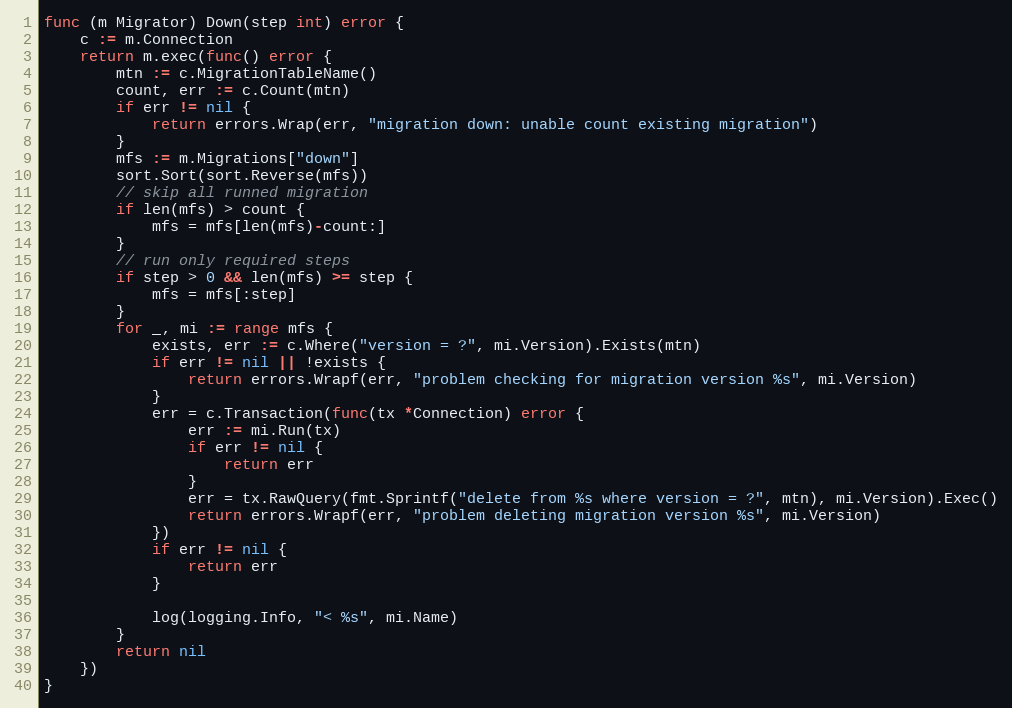
Language: Go
func (m Migrator) Down(step int) error {
	c := m.Connection
	return m.exec(func() error {
		mtn := c.MigrationTableName()
		count, err := c.Count(mtn)
		if err != nil {
			return errors.Wrap(err, "migration down: unable count existing migration")
		}
		mfs := m.Migrations["down"]
		sort.Sort(sort.Reverse(mfs))
		// skip all runned migration
		if len(mfs) > count {
			mfs = mfs[len(mfs)-count:]
		}
		// run only required steps
		if step > 0 && len(mfs) >= step {
			mfs = mfs[:step]
		}
		for _, mi := range mfs {
			exists, err := c.Where("version = ?", mi.Version).Exists(mtn)
			if err != nil || !exists {
				return errors.Wrapf(err, "problem checking for migration version %s", mi.Version)
			}
			err = c.Transaction(func(tx *Connection) error {
				err := mi.Run(tx)
				if err != nil {
					return err
				}
				err = tx.RawQuery(fmt.Sprintf("delete from %s where version = ?", mtn), mi.Version).Exec()
				return errors.Wrapf(err, "problem deleting migration version %s", mi.Version)
			})
			if err != nil {
				return err
			}

			log(logging.Info, "< %s", mi.Name)
		}
		return nil
	})
}